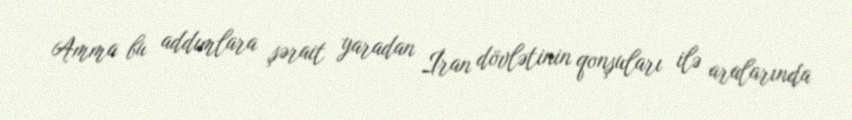
Amma bu addımlara şərait yaradan İran dövlətinin qonşuları ilə aralarında